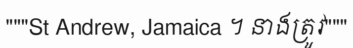
"""St Andrew, Jamaica ។ នាងត្រូវ"""